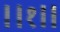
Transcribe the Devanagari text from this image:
।।१॥